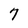
Character: 7